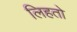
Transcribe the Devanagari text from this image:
लिहतो